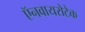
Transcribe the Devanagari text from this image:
ऍनवायरोटेक